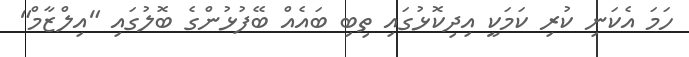
ހަމަ އެކަނި ކުރި ކަމަކީ އިދިކޮޅުގައި ތިބި ބައެއް ބޭފުޅުންގެ ބޮލުގައި "އިލްޒާމް"